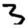
Digit: 3